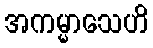
အကမ္မာသေဟိ